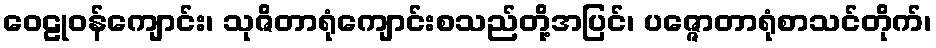
ဝေဠုဝန်ကျောင်း၊ သုဇိတာရုံကျောင်းစသည်တို့အပြင်၊ ပဇ္ဇောတာရုံစာသင်တိုက်၊